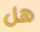
هل